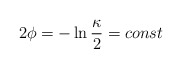
\begin{align*}2\phi=-\ln {\kappa \over 2} = const\end{align*}